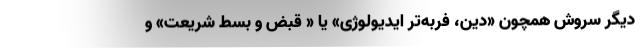
دیگر سروش همچون «دین، فربه‌تر ایدیولوژی» یا « قبض و بسط شریعت» و